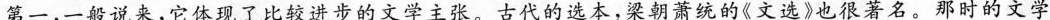
第一，一般说来，它体现了比较进步的文学主张。古代的选本，梁朝萧统的《文选》也很著名。那时的文学